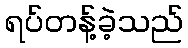
ရပ်တန့်ခဲ့သည်